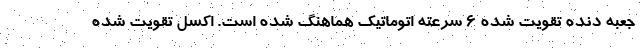
جعبه دنده تقویت شده 6 سرعته اتوماتیک هماهنگ شده است. اکسل تقویت شده